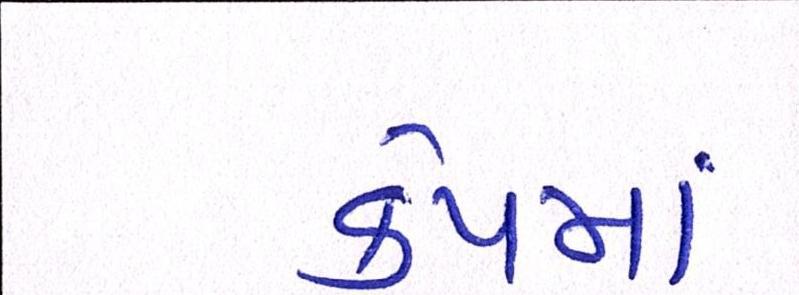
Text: કેપમાં